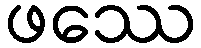
ဖဿေ